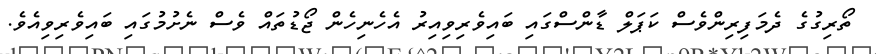
ތޯރިގުގެ ދެމަފިރިންވެސް ކަޕަލް ޑާންސްގައި ބައިވެރިވިއިރު އެހެނިހެން ޖޯޑުތައް ވެސް ނެށުމުގައި ބައިވެރިވިއެވެ.